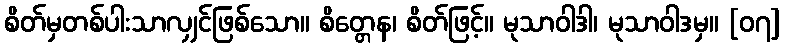
စိတ်မှတစ်ပါးသာလျှင်ဖြစ်သော။ စိတ္တေန၊ စိတ်ဖြင့်။ မုသာဝါဒါ၊ မုသာဝါဒမှ။ [၀၇]